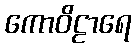
ကောဝိဠာရေ